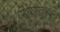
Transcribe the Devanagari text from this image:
संधीसोबत